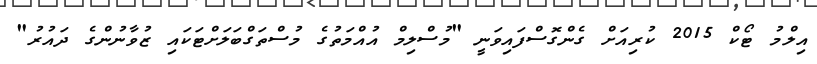
އިލްމު ޓޯކް 2015 ކުރިއަށް ގެންގޮސްފައިވަނީ "މުސްލިމް އުއްމަތުގެ މުސްތަގްބަލަށްޓަކައި ޒުވާނުންގެ ދައުރު"